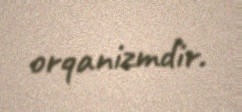
orqanizmdir.